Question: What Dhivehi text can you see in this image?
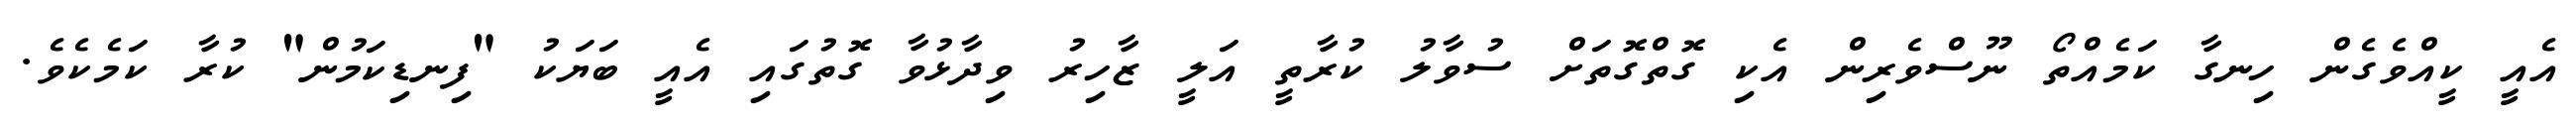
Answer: އެއީ ކީއްވެގެން ހިނގާ ކަމެއްތޯ ނޫސްވެރިން އެކި ގޮތްގޮތަށް ސުވާލު ކުރާތީ އަލީ ޒާހިރު ވިދާޅުވާ ގޮތުގައި އެއީ ބަޔަކު "ފިނޑިކަމުން" ކުރާ ކަމެކެވެ.